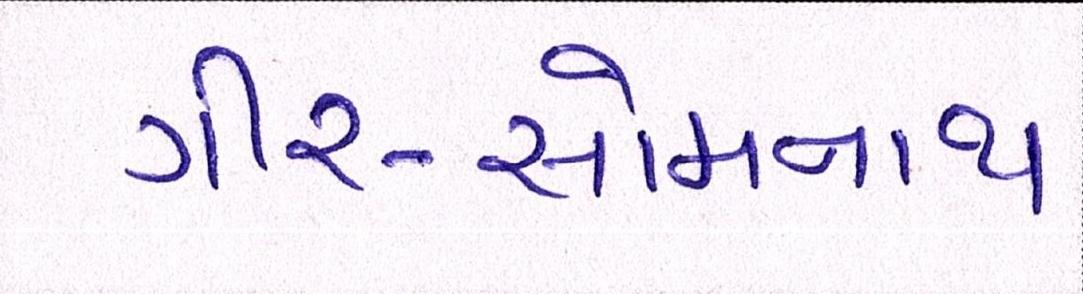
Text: ગીર-સોમનાથ